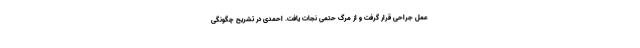
عمل جراحی قرار گرفت و از مرگ حتمی نجات یافت. احمدی در تشریح چگونگی